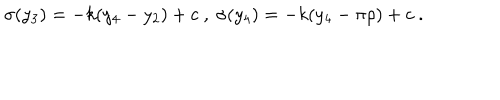
\sigma ( y _ { 3 } ) = - k ( y _ { 4 } - y _ { 2 } ) + c ~ , ~ \sigma ( y _ { 4 } ) = - k ( y _ { 4 } - \pi \rho ) + c ~ . ~ \,